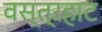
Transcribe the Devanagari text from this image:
वस्त्रहाट